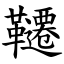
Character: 韆